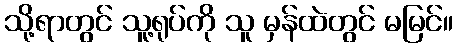
သို့ရာတွင် သူ့ရုပ်ကို သူ မှန်ထဲတွင် မမြင်။